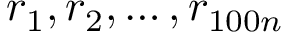
r _ { 1 } , r _ { 2 } , \dots , r _ { 1 0 0 n }